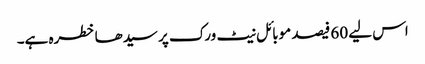
اس لیے 60 فیصد موبائل نیٹ ورک پر سیدھا خطرہ ہے۔